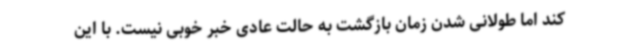
کند اما طولانی شدن زمان بازگشت به حالت عادی خبر خوبی نیست. با این